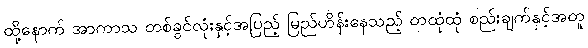
ထို့နောက် အာကာသ တစ်ခွင်လုံးနှင့်အပြည့် မြည်ဟိန်းနေသည့် တထုံထုံ စည်းချက်နှင့်အတူ